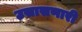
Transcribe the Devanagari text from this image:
उसासणारी